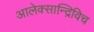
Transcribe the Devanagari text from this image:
आलेक्सान्द्रिविच